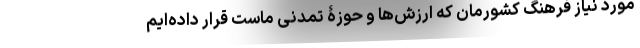
مورد نیاز فرهنگ کشورمان که ارزش‌ها و حوزۀ تمدنی ماست قرار داده‌ایم